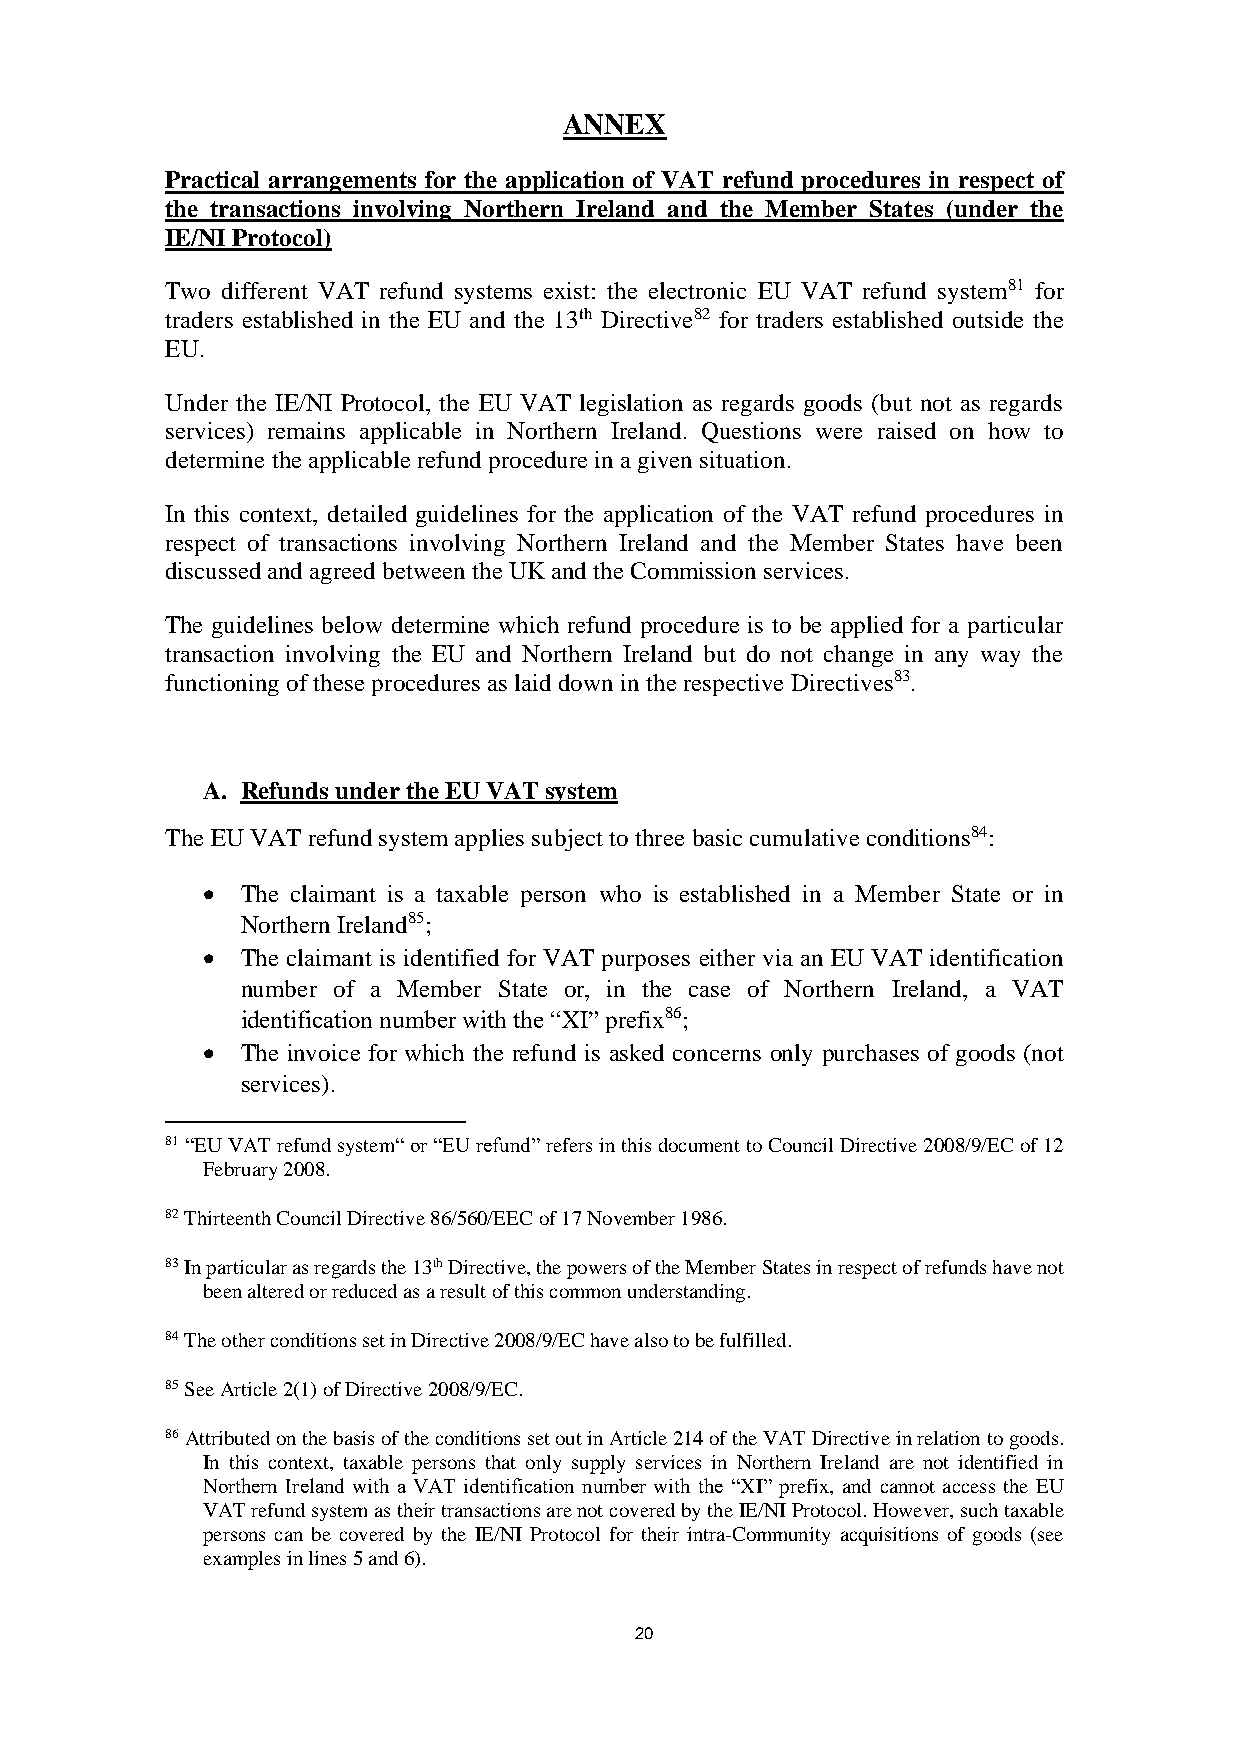
ANNEX
 Practical arrangements for the application of VAT refund procedures in respect of
 the transactions involving Northern Ireland and the Member States (under the
 IE/NI Protocol)
 Two different VAT refund systems exist: the electronic EU VAT refund system81 for
 traders established in the EU and the 13th Directive82 for traders established outside the
 EU.
 Under the IE/NI Protocol, the EU VAT legislation as regards goods (but not as regards
 services) remains applicable in Northern Ireland. Questions were raised on how to
 determine the applicable refund procedure in a given situation.
 In this context, detailed guidelines for the application of the VAT refund procedures in
 respect of transactions involving Northern Ireland and the Member States have been
 discussed and agreed between the UK and the Commission services.
 The guidelines below determine which refund procedure is to be applied for a particular
 transaction involving the EU and Northern Ireland but do not change in any way the
 functioning of these procedures as laid down in the respective Directives83.
 A. Refunds under the EU VAT system
 The EU VAT refund system applies subject to three basic cumulative conditions84:
   The claimant is a taxable person who is established in a Member State or in
 Northern Ireland85;
   The claimant is identified for VAT purposes either via an EU VAT identification
 number of a Member State or, in the case of Northern Ireland, a VAT
 identification number with the “XI” prefix86;
   The invoice for which the refund is asked concerns only purchases of goods (not
 services).
 81 “EU VAT refund system“ or “EU refund” refers in this document to Council Directive 2008/9/EC of 12
 February 2008.
 82 Thirteenth Council Directive 86/560/EEC of 17 November 1986.
 83 In particular as regards the 13th Directive, the powers of the Member States in respect of refunds have not
 been altered or reduced as a result of this common understanding.
 84 The other conditions set in Directive 2008/9/EC have also to be fulfilled.
 85 See Article 2(1) of Directive 2008/9/EC.
 86 Attributed on the basis of the conditions set out in Article 214 of the VAT Directive in relation to goods.
 In this context, taxable persons that only supply services in Northern Ireland are not identified in
 Northern Ireland with a VAT identification number with the “XI” prefix, and cannot access the EU
 VAT refund system as their transactions are not covered by the IE/NI Protocol. However, such taxable
 persons can be covered by the IE/NI Protocol for their intra-Community acquisitions of goods (see
 examples in lines 5 and 6).
 20